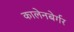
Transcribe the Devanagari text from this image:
कालेनबेर्गर